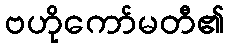
ဗဟိုကော်မတီ၏